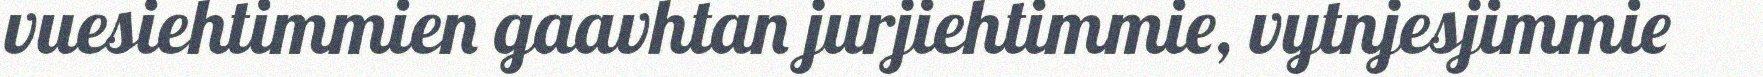
vuesiehtimmien gaavhtan jurjiehtimmie, vytnjesjimmie